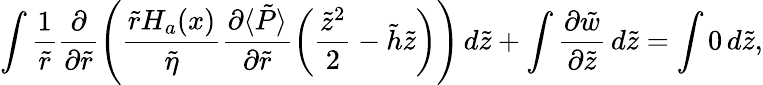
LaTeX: \int\frac{1}{\tilde{r}}\frac{\partial}{\partial\tilde{r}}\left(\frac{\tilde{r}H_{a}(x)}{\tilde{\eta}}\frac{\partial\langle\tilde{P}\rangle}{\partial\tilde{r}}\left(\frac{\tilde{z}^{2}}{2}-\tilde{h}\tilde{z}\right)\right)\, d\tilde{z}+\int\frac{\partial\tilde{w}}{\partial\tilde{z}}\, d\tilde{z}=\int 0\, d\tilde{z},